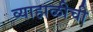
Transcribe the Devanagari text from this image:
व्याहाळीची